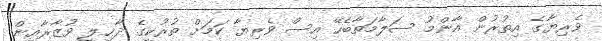
ވެރިޔާގެ އިތުރުން އާންމު ސަލާމަތާބެހޭ އިސް ވެރިޔާ ކަމަށް ތުރުކީގެ ދާޚިލީ ވުޒާރާއިން